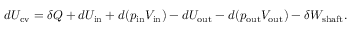
d U _ { \mathrm { c v } } = \delta Q + d U _ { \mathrm { i n } } + d ( p _ { \mathrm { i n } } V _ { \mathrm { i n } } ) - d U _ { \mathrm { o u t } } - d ( p _ { \mathrm { o u t } } V _ { \mathrm { o u t } } ) - \delta W _ { \mathrm { s h a f t } } .